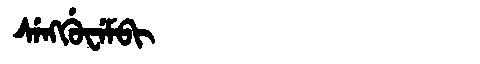
Manchu: ᠰᡝᠩᡤᡠᠸᡝᠮᠪᡳ
Romanization: SENGGUWEMBI